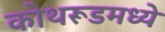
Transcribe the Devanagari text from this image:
कोथरूडमध्ये